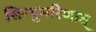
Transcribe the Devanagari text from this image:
सिन्धुमरिणात्